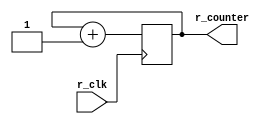
`timescale 1ns / 1ps
//////////////////////////////////////////////////////////////////////////////////
// Company: 
// Engineer: 
// 
// Design Name: 
// Module Name: counter
// Project Name: 

//////////////////////////////////////////////////////////////////////////////////


module refreshcounter(input  r_clk, output reg [1:0] r_counter =0

    );
    
    always@(posedge r_clk)  r_counter <= r_counter +1;
   
endmodule


module anode_control ( input [1:0]r_counter, output reg[3:0] anode=0
);

    always@(r_counter)
    begin
        case(r_counter)
        2'b00 : anode =4'b1110; // righgt most digit
        2'b01 : anode = 4'b1101;
        2'b10 : anode = 4'b1011;
        2'b11: anode= 4'b0111; // left most digit 
        endcase
    end
    
endmodule


// module for BCD converter
module BCD_converter(

    input [3:0] digit1, // right most digit (ones)
    input [3:0] digit2, // tens
    input [3:0] digit3, // hundread
    input [3:0] digit4, // leftmost digit , thousands
    input [1:0] r_counter,
    output reg [3:0]one_digit // choose which diigita is to displayed
    );
    
    always@(r_counter)
        begin
            case(r_counter)
            2'd0 : one_digit  = digit1; // righgt most digit
            2'd1 : one_digit =  digit2;
            2'd2 : one_digit =  digit3;
            2'd3 : one_digit =  digit4; // left most digit 
            endcase
        end   
    
endmodule

// cathode converter module
module cathode_convert(
    input [3:0] digit,
    output reg [7:0] cathode =0
);    
    always@(digit)
    begin
        case (digit)
        4'd0: cathode = 8'b11000000;
        4'd1: cathode = 8'b11111001;
        4'd2: cathode = 8'b10100100;
        4'd3: cathode = 8'b10110000;
        4'd4: cathode = 8'b10011001;
        4'd5: cathode = 8'b10010010;
        4'd6: cathode = 8'b10000010;
        4'd7: cathode = 8'b11111000;
        4'd8: cathode = 8'b10000000;
        4'd9: cathode = 8'b10010000;
        default : cathode = 8'b11000000;        
        endcase
 
    end 
   
endmodule

module clock_divider( input clk, output reg divider_clk =0
);
    integer counter_value=0;
    always@(posedge clk)
    begin
        if(counter_value == 1000)
        counter_value <= 0;
        else
            counter_value <= counter_value+1;
    end
    
    // divide block 
    
    always@(posedge clk)
    begin
        if(counter_value == 1000)
            divider_clk <= ~divider_clk;
        else
            divider_clk <= divider_clk;
    end
endmodule